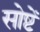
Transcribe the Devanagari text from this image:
सोष्टें